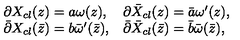
\begin{array} { l l } { \partial X _ { c l } ( z ) = a \omega ( z ) , } & { \partial \bar { X } _ { c l } ( z ) = \bar { a } \omega ^ { \prime } ( z ) , } \\ { \bar { \partial } X _ { c l } ( \bar { z } ) = b \bar { \omega } ^ { \prime } ( \bar { z } ) , } & { \bar { \partial } \bar { X } _ { c l } ( \bar { z } ) = \bar { b } \bar { \omega } ( \bar { z } ) , } \\ \end{array}